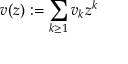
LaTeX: v ( z ) : = \sum _ { k \geq 1 } v _ { k } z ^ { k }